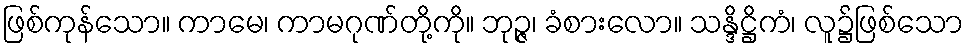
ဖြစ်ကုန်သော။ ကာမေ၊ ကာမဂုဏ်တို့ကို။ ဘုဉ္ဇ၊ ခံစားလော။ သန္ဒိဋ္ဌိကံ၊ လူ၌ဖြစ်သော